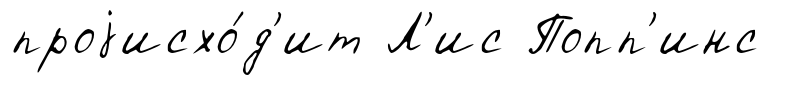
проjисхо́д'ит Л'ис Попп'инс